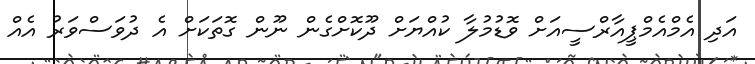
އަދި އެމްއެމްޕީއާރްސީއަށް ވޮޑުމުލާ ކުއްޔަށް ދޫކޮށްގެން ނޫން ގޮތަކަށް އެ ދުވަސްވަރު އެއް